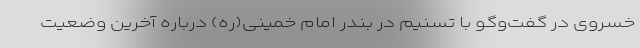
خسروی در گفت‌وگو با تسنیم در بندر امام خمینی(ره) درباره آخرین وضعیت